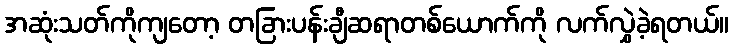
အဆုံးသတ်ကိုကျတော့ တခြားပန်းချီဆရာတစ်ယောက်ကို လက်လွှဲခဲ့ရတယ်။